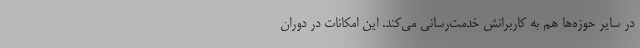
در سایر حوزه‌ها هم به کاربرانش خدمت‌رسانی می‌کند. این امکانات در دوران